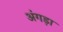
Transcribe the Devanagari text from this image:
अंगड़ा